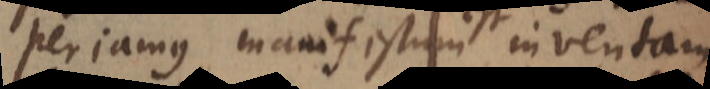
periamus, manifestum est inventam